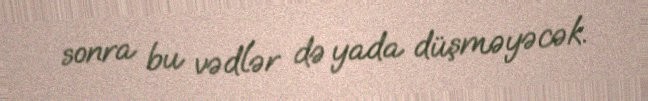
sonra bu vədlər də yada düşməyəcək.